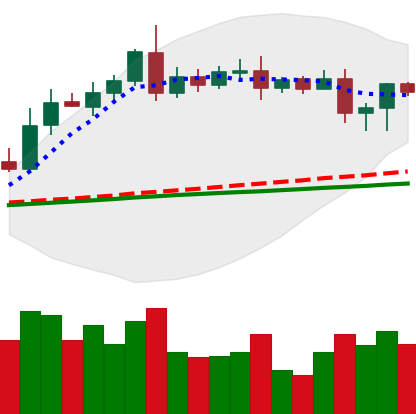
Ticker: LTC-USD
Chart end date: 2020-08-14
Forward return: 9.253%
Label: up_7plus